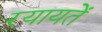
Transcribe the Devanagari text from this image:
रयायतें